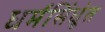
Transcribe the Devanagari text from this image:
धर्मसिंधूंत